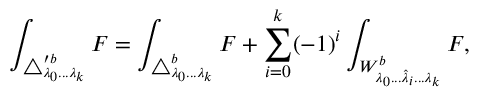
\int _ { \triangle _ { \lambda _ { 0 } . . . \lambda _ { k } } ^ { \prime b } } F = \int _ { \triangle _ { \lambda _ { 0 } . . . \lambda _ { k } } ^ { b } } F + \sum _ { i = 0 } ^ { k } ( - 1 ) ^ { i } \int _ { W _ { \lambda _ { 0 } . . . \hat { \lambda } _ { i } . . . \lambda _ { k } } ^ { b } } F ,